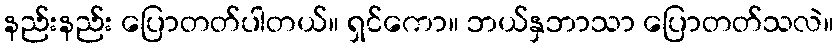
နည်းနည်း ပြောတတ်ပါတယ်။ ရှင်ကော။ ဘယ်နှဘာသာ ပြောတတ်သလဲ။